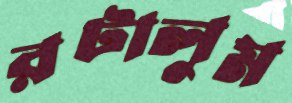
রটালুম